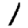
Digit: 1